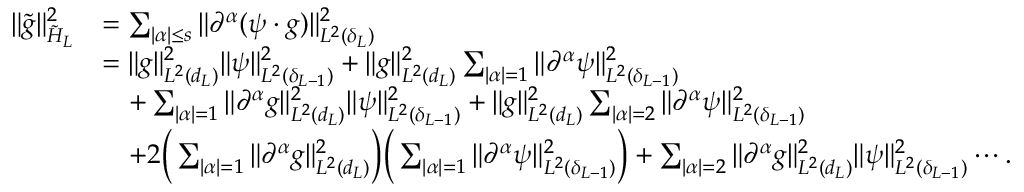
\begin{array} { r l } { \Vert \tilde { g } \Vert _ { \tilde { H } _ { L } } ^ { 2 } } & { = \sum _ { \vert \alpha \vert \le s } \Vert \partial ^ { \alpha } ( \psi \cdot g ) \Vert _ { L ^ { 2 } ( \r { \delta _ { L } } ) } ^ { 2 } } \\ & { = \Vert g \Vert _ { L ^ { 2 } ( \r { d _ { L } } ) } ^ { 2 } \Vert \psi \Vert _ { L ^ { 2 } ( \r { \delta _ { L - 1 } } ) } ^ { 2 } + \Vert g \Vert _ { L ^ { 2 } ( \r { d _ { L } } ) } ^ { 2 } \sum _ { \vert \alpha \vert = 1 } \Vert \partial ^ { \alpha } \psi \Vert _ { L ^ { 2 } ( \r { \delta _ { L - 1 } } ) } ^ { 2 } } \\ & { \quad + \sum _ { \vert \alpha \vert = 1 } \Vert \partial ^ { \alpha } g \Vert _ { L ^ { 2 } ( \r { d _ { L } } ) } ^ { 2 } \Vert \psi \Vert _ { L ^ { 2 } ( \r { \delta _ { L - 1 } } ) } ^ { 2 } + \Vert g \Vert _ { L ^ { 2 } ( \r { d _ { L } } ) } ^ { 2 } \sum _ { \vert \alpha \vert = 2 } \Vert \partial ^ { \alpha } \psi \Vert _ { L ^ { 2 } ( \r { \delta _ { L - 1 } } ) } ^ { 2 } } \\ & { \quad + 2 \bigg ( \sum _ { \vert \alpha \vert = 1 } \Vert \partial ^ { \alpha } g \Vert _ { L ^ { 2 } ( \r { d _ { L } } ) } ^ { 2 } \bigg ) \bigg ( \sum _ { \vert \alpha \vert = 1 } \Vert \partial ^ { \alpha } \psi \Vert _ { L ^ { 2 } ( \r { \delta _ { L - 1 } } ) } ^ { 2 } \bigg ) + \sum _ { \vert \alpha \vert = 2 } \Vert \partial ^ { \alpha } g \Vert _ { L ^ { 2 } ( \r { d _ { L } } ) } ^ { 2 } \Vert \psi \Vert _ { L ^ { 2 } ( \r { \delta _ { L - 1 } } ) } ^ { 2 } \cdots . } \end{array}